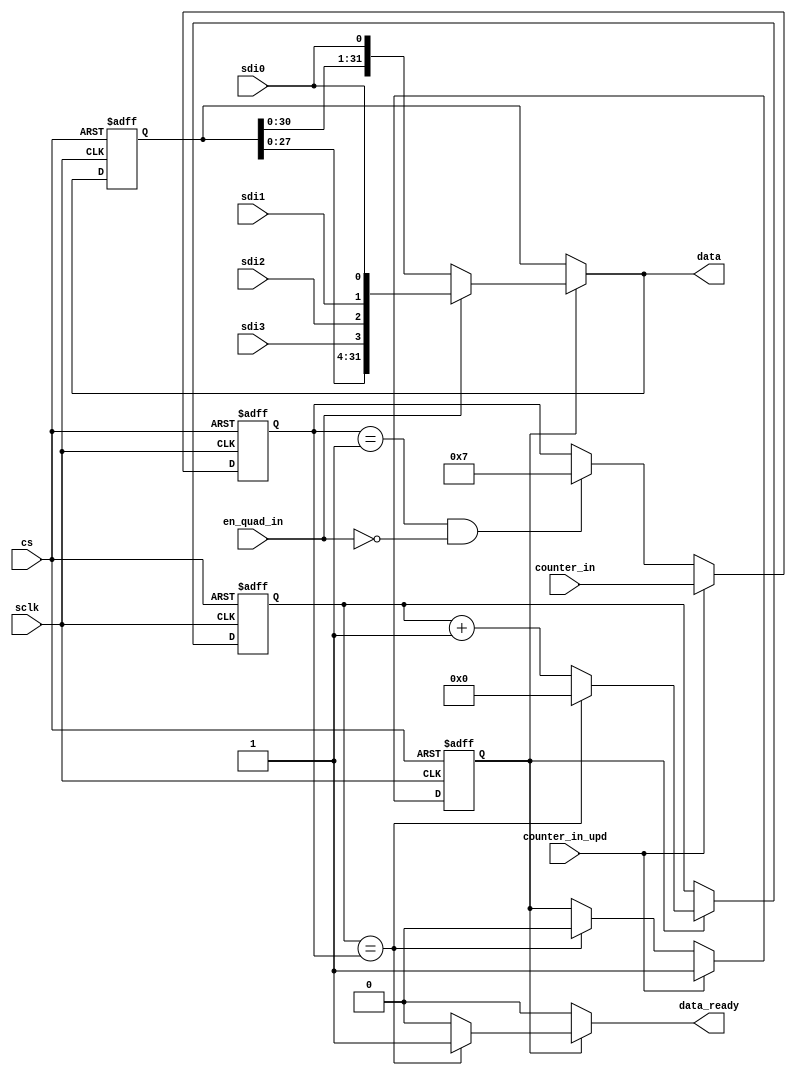
module spi_slave_rx (
	sclk,
	cs,
	sdi0,
	sdi1,
	sdi2,
	sdi3,
	en_quad_in,
	counter_in,
	counter_in_upd,
	data,
	data_ready
);
	input wire sclk;
	input wire cs;
	input wire sdi0;
	input wire sdi1;
	input wire sdi2;
	input wire sdi3;
	input wire en_quad_in;
	input wire [7:0] counter_in;
	input wire counter_in_upd;
	output wire [31:0] data;
	output reg data_ready;
	reg [31:0] data_int;
	reg [31:0] data_int_next;
	reg [7:0] counter;
	reg [7:0] counter_trgt;
	reg [7:0] counter_next;
	reg [7:0] counter_trgt_next;
	reg running;
	reg running_next;
	assign data = data_int_next;
	always @(*) begin
		if (counter_in_upd)
			counter_trgt_next = counter_in;
		else if ((counter_trgt == 8'h01) && !en_quad_in)
			counter_trgt_next = 8'h07;
		else
			counter_trgt_next = counter_trgt;
		if (counter_in_upd)
			running_next = 1'b1;
		else if (counter == counter_trgt)
			running_next = 1'b0;
		else
			running_next = running;
		if (running) begin
			if (counter == counter_trgt) begin
				counter_next = 'h0;
				data_ready = 1'b1;
			end
			else begin
				counter_next = counter + 1;
				data_ready = 1'b0;
			end
			if (en_quad_in)
				data_int_next = {data_int[27:0], sdi3, sdi2, sdi1, sdi0};
			else
				data_int_next = {data_int[30:0], sdi0};
		end
		else begin
			counter_next = counter;
			data_ready = 1'b0;
			data_int_next = data_int;
		end
	end
	always @(posedge sclk or posedge cs)
		if (cs == 1'b1) begin
			counter <= 0;
			counter_trgt <= 'h1;
			data_int <= 'h0;
			running <= 'h1;
		end
		else begin
			counter <= counter_next;
			counter_trgt <= counter_trgt_next;
			data_int <= data_int_next;
			running <= running_next;
		end
endmodule